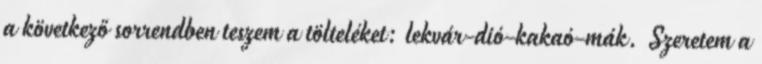
a következő sorrendben teszem a tölteléket: lekvár-dió-kakaó-mák. Szeretem a